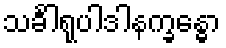
သင်္ခါရုပါဒါနက္ခန္ဓော